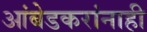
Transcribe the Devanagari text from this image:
आंबेडकरांनाही